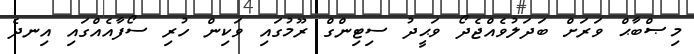
މިޞްބާޙް ވަރަށް ބަދަލުވެއްޖެދޯ ވަޙީދު ސިޓިންގް ރޫމުގައި ވަކިން ހުރި ސޯފާއެއްގައި އިނދެ